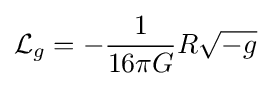
{\mathcal {L}}_{g}=-{\frac {1}{16\pi G}}R{\sqrt {-g}}